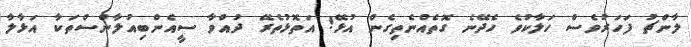
ލާންޗު ފަހަރުވެސް ހަލާކުވެ ހެދޭނެ ގޮތެއްނެތިގެން އުޅޭ! އަތޮޅުތެރޭ ދުއްވާ ސީއެންބިއުލާންސްތަކާ އަޅާލާ